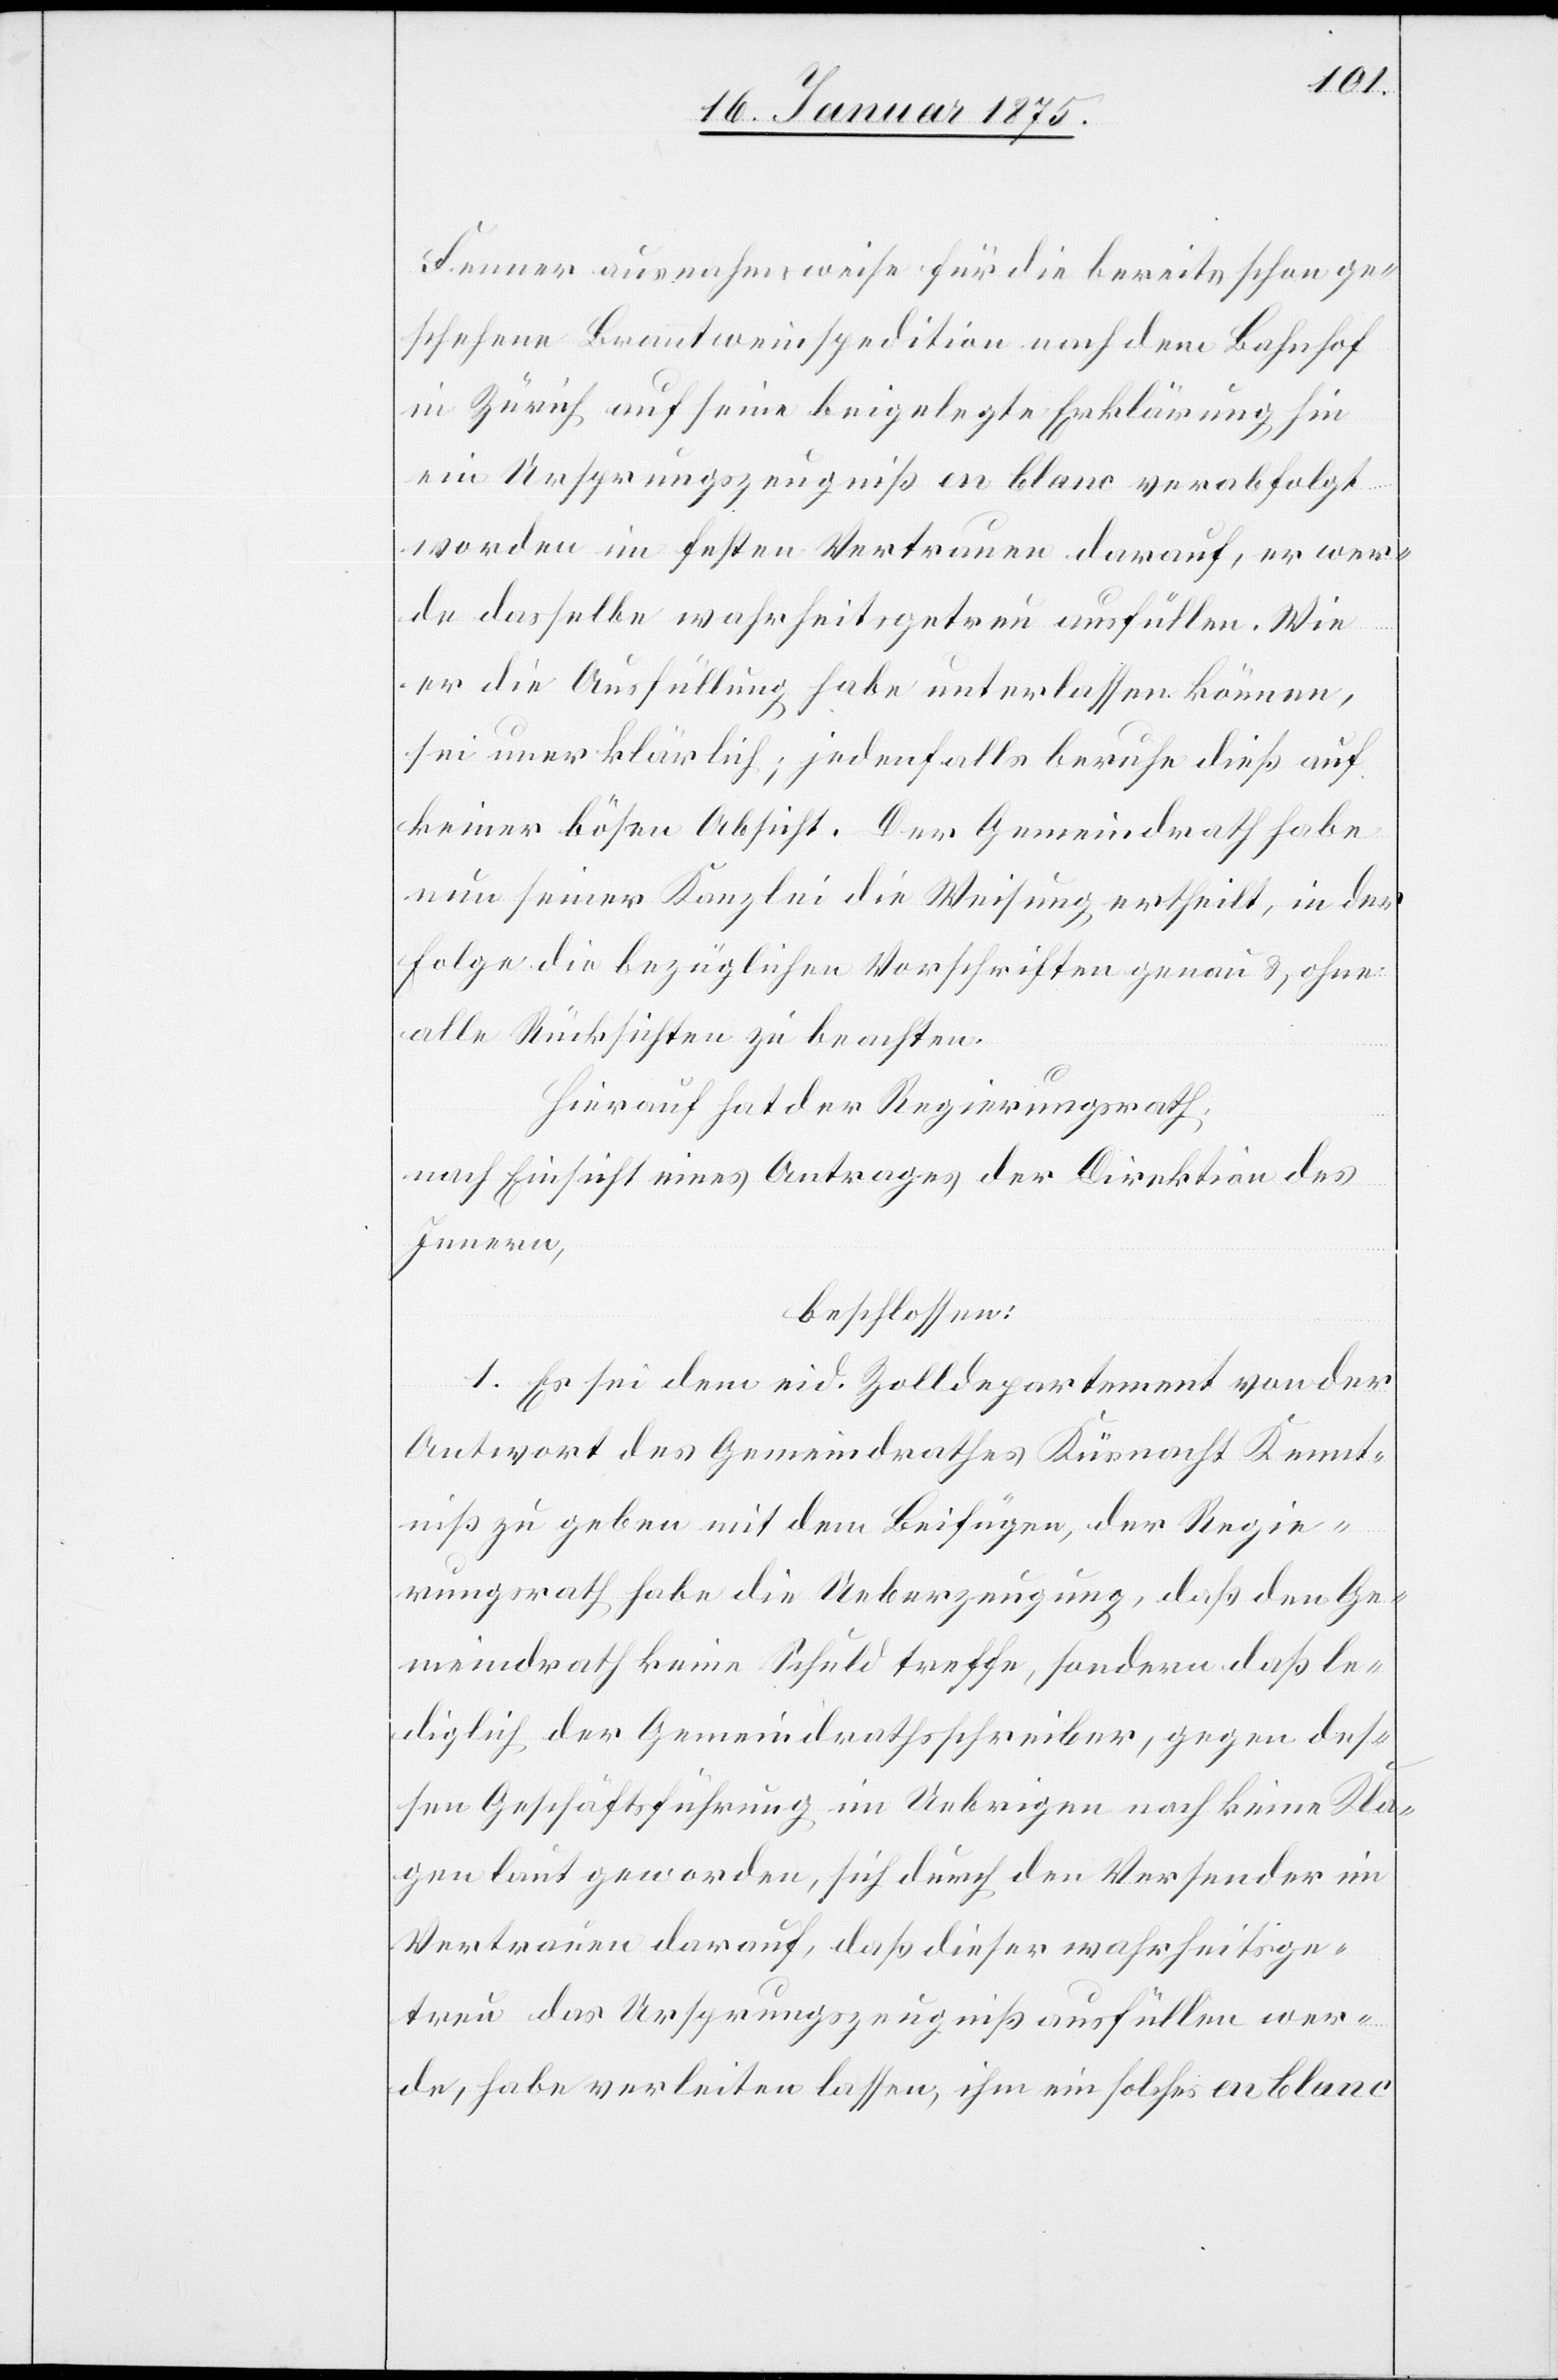
Fenner ausnahmsweise für die bereits schon ge¬
schehene Branntweinspedition nach dem Bahnhof
in Zürich auf seine beigelegte Erklärung hin
ein Ursprungszeugniß en blanc verabfolgt
worden im festen Vertrauen darauf, er wer¬
de dasselbe wahrheitsgetreu ausfüllen. Wie
er die Ausfüllung habe unterlassen können,
sei unerklärlich; jedenfalls beruhe dieß auf
keiner bösen Absicht. Der Gemeindrath habe
nun seiner Kanzlei die Weisung ertheilt, in der
Folge die bezüglichen Vorschriften genau, ohne
alle Rücksichten zu beachten.
Hierauf hat der Regierungsrath,
nach Einsicht eines Antrages der Direktion des
Innern,
beschlossen:
1. Es sei dem eid. Zolldepartement von der
Antwort des Gemeindrathes Küsnacht Kennt¬
niß zu geben mit dem Beifügen, der Regie¬
rungsrath habe die Ueberzeugung, daß den Ge¬
meindrath keine Schuld treffe, sondern daß le¬
diglich der Gemeindrathsschreiber, gegen des¬
sen Geschäftsführung im Uebrigen noch keine Kla¬
gen laut geworden, sich durch den Versender im
Vertrauen darauf, daß dieser wahrheitsge¬
treu das Ursprungszeugniß ausfüllen wer¬
de, habe verleiten lassen, ihm ein solches en blanc